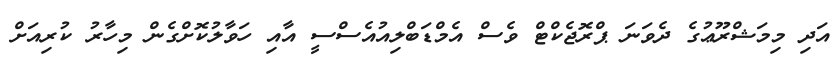
އަދި މިމަޝްރޫޢުގެ ދެވަނަ ޕްރޮޖެކްޓް ވެސް އެމްޑަބްލިއުއެސްސީ އާއި ހަވާލުކޮށްގެން މިހާރު ކުރިއަށް